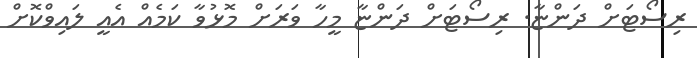
ރިސޯޓަށް ދަންޏާ. ރިސޯޓަށް ދަންޏާ މީހާ ވަރަށް މޮޅުވާ ކަމެއް އެއީ ލައިވްކޮށް